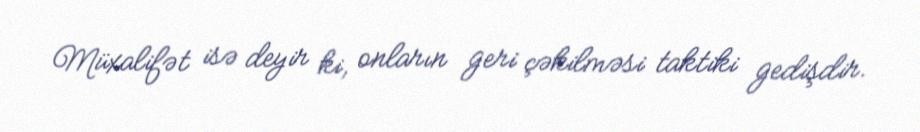
Müxalifət isə deyir ki, onların geri çəkilməsi taktiki gedişdir.